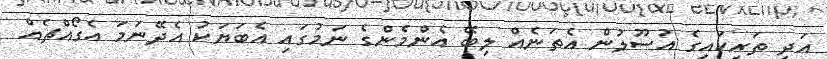
އަދި ތަރިކައިގެ އުސޫލުން އެތަނެއް ލިބޭ އެންމެންގެ ނަމުގައި އެބަޔަކު އެދޭނަމަ އެގޯއްޗެއް